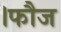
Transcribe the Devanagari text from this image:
।फौज